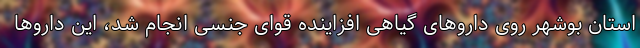
استان بوشهر روی داروهای گیاهی افزاینده قوای جنسی انجام شد، این داروها